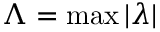
\Lambda = \operatorname* { m a x } | \lambda |